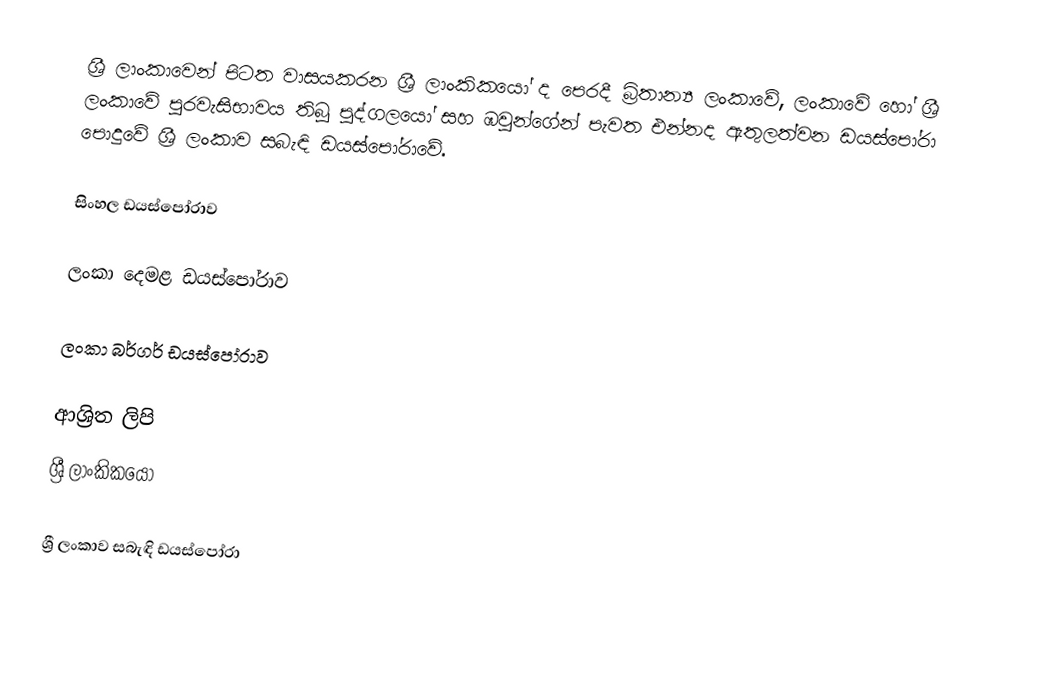
ශ්‍රී ලාංකාවෙන් පිටත වාසයකරන ශ්‍රී ලාංකිකයෝ ද පෙරදී බ්‍රිතාන්‍ය ලංකාවේ, ලංකාවේ හෝ ශ්‍රී ලංකාවේ පුරවැසිභාවය තිබූ පුද්ගලයෝ සහ ඹවුන්ගේන් පැවත එන්නද ඇතුලත්වන ඩයස්පෝරා පොදුවේ ශ්‍රී ලංකාව සබැඳි ඩයස්පෝරාවේ.

සිංහල ඩයස්පෝරාව

ලංකා දෙමළ ඩයස්පෝරාව

ලංකා බර්ගර් ඩයස්පෝරාව

ආශ්‍රිත ලිපි
 ශ්‍රී ලාංකිකයෝ

ශ්‍රී ලංකාව සබැඳි ඩයස්පෝරා